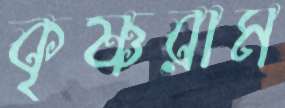
কৃষ্ণরাম